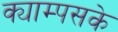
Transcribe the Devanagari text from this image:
क्याम्पसके